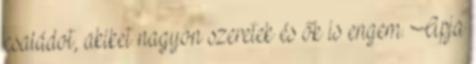
családot, akiket nagyon szeretek és ők is engem. Apja